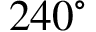
2 4 0 ^ { \circ }